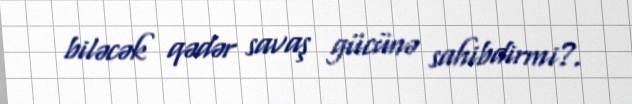
biləcək qədər savaş gücünə sahibdirmi?.